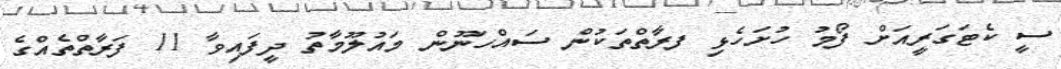
ސީ ކެޓަގަރީއަށް ފޯމު ހުށަހެޅި ފރާތްތަކުން ސައްހަނޫން މައުލޫމާތު ދީފައިވާ 11 ފަރާތްތެއްގެ